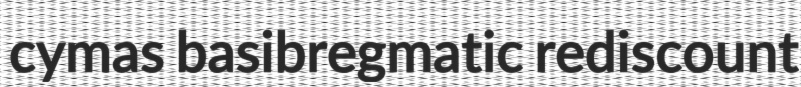
cymas basibregmatic rediscount